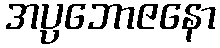
အပ္ပဘောဇနော